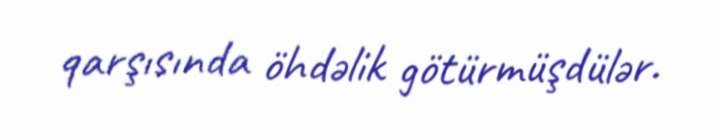
qarşısında öhdəlik götürmüşdülər.